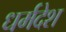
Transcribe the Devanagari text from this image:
धर्मदेश